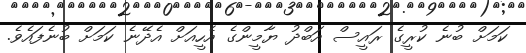
ކަމަށް ބުނެ ކުރީގެ ރައީސް އަބްދު ޔާމީންގެ އެހީއަށް އެދޭނެ ކަމަށް ބުނެފައެވެ.